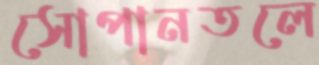
সোপানতলে